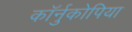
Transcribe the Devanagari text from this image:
कॉर्नुकोपिया